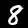
Label: 8